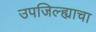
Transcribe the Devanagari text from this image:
उपजिल्ह्याचा